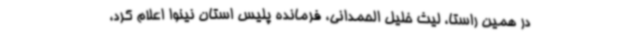
در همین راستا، لیث خلیل الحمدانی، فرمانده پلیس استان نینوا اعلام کرد،